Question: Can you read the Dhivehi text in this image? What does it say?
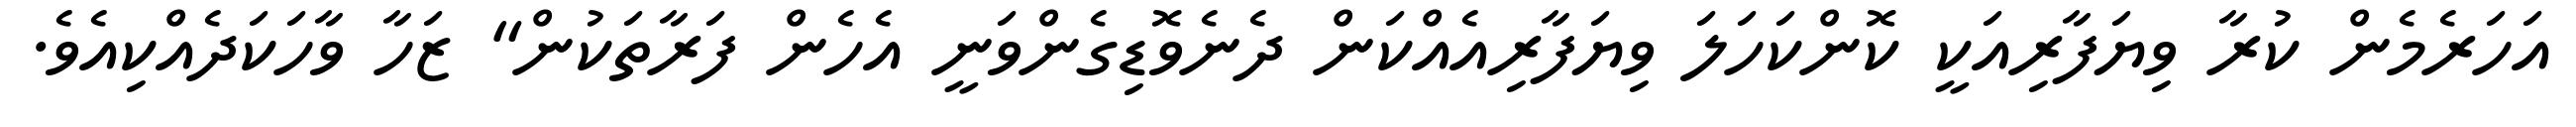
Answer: އަހަރެމެން ކުރާ ވިޔަފާރިއަކީ ކޮންކަހަލަ ވިޔަފާރިއެއްކަން ދެނެވޮޑިގެންވަނީ އެހެން ފަރާތަކުން" ޒަހާ ވާހަކަދެއްކިއެވެ.